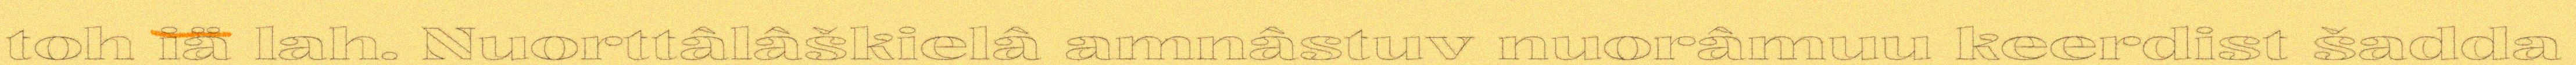
toh iä lah. Nuorttâlâškielâ amnâstuv nuorâmuu keerdist šadda